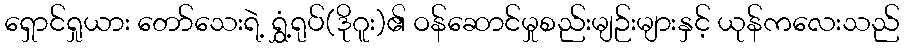
ရှောင်ရှုယား တော်သေးရဲ့ ရွှံ့ရုပ်(ဒိုဂူး)၏ ဝန်ဆောင်မှုစည်းမျဉ်းများနှင့် ယုန်ကလေးသည်